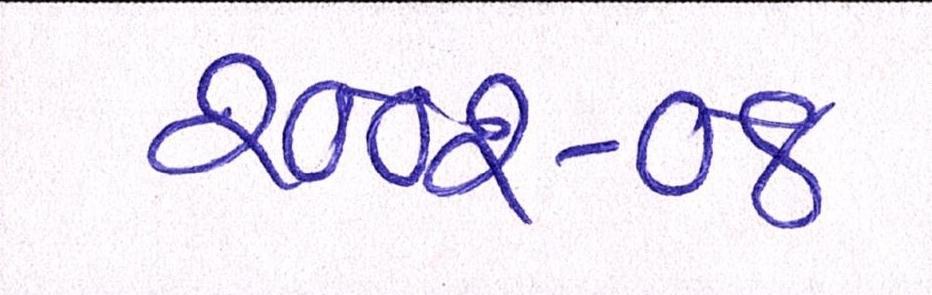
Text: ૨૦૦૨-૦૪